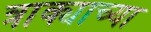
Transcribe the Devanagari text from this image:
त्राक्याच्या